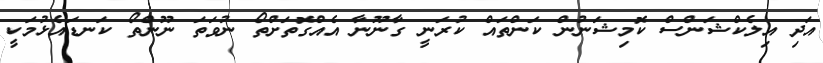
އަދި އިލެކްޝަންސް ކޮމިޝަނުން ކަންތައް ކުރަނީ ގާނޫނާ އެއްގޮތަށްތޯ ނުވަތަ ނޫންތޯ ކަނޑައެޅުމަކީ